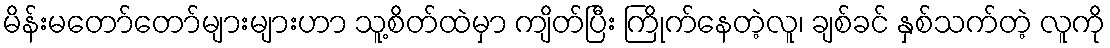
မိန်းမတော်တော်များများဟာ သူ့စိတ်ထဲမှာ ကျိတ်ပြီး ကြိုက်နေတဲ့လူ၊ ချစ်ခင် နှစ်သက်တဲ့ လူကို